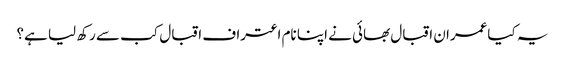
یہ کیاعمران اقبال بھائی نے اپنا نام اعتراف اقبال کب سے رکھ لیا ہے؟